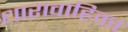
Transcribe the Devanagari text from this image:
धारावाहिका